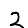
Digit: 2